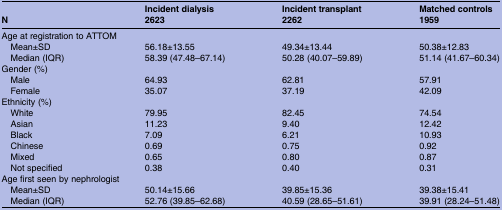
|  | Incident dialysis | Incident transplant | Matched controls |
 | N | 2623 | 2262 | 1959 |
 | --- | --- | --- | --- |
 | <COLSPAN=4> Age at registration to ATTOM |
 | Mean±SD | 56.18±13.55 | 49.34±13.44 | 50.38±12.83 |
 | Median (IQR) | 58.39 (47.48–67.14) | 50.28 (40.07–59.89) | 51.14 (41.67–60.34) |
 | <COLSPAN=4> Gender (%) |
 | Male | 64.93 | 62.81 | 57.91 |
 | Female | 35.07 | 37.19 | 42.09 |
 | <COLSPAN=4> Ethnicity (%) |
 | White | 79.95 | 82.45 | 74.54 |
 | Asian | 11.23 | 9.40 | 12.42 |
 | Black | 7.09 | 6.21 | 10.93 |
 | Chinese | 0.69 | 0.75 | 0.92 |
 | Mixed | 0.65 | 0.80 | 0.87 |
 | Not specified | 0.38 | 0.40 | 0.31 |
 | <COLSPAN=4> Age first seen by nephrologist |
 | Mean±SD | 50.14±15.66 | 39.85±15.36 | 39.38±15.41 |
 | Median (IQR) | 52.76 (39.85–62.68) | 40.59 (28.65–51.61) | 39.91 (28.24–51.48) |